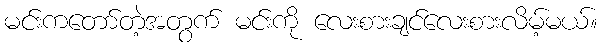
မင်းကတော်တဲ့အတွက် မင်းကို လေးစားချင်လေးစားလိမ့်မယ်။